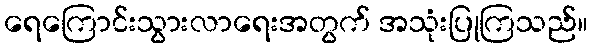
ရေကြောင်းသွားလာရေးအတွက် အသုံးပြုကြသည်။